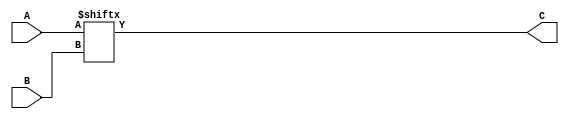
module multiplexer4x1(A,B,C);
	input [3:0] A;
	input [1:0] B;
	output C;
	
	assign C = A[B];
	
endmodule